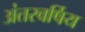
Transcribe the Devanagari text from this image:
अंतरवर्षिय